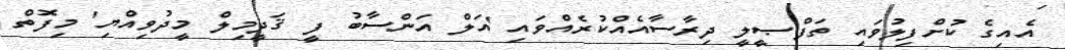
އެއިގެ ކުށްފިލުވައި ތަފްޞީލީ ދިރާސާއެއްކުރެއްވައި 'އަލް އަންސާބު ފީ ޤަދީމިލް މީދުވިއްޔި' މިފޮތް